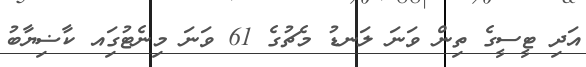
އަދި ޓީސީގެ ތިން ވަނަ ލަނޑު މެޗުގެ 61 ވަނަ މިނެޓުގަިއ ކާޟިޔާބު